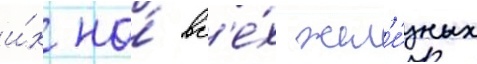
и́х на́ вс'е́х жел'е́зных